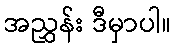
အညွှန်း ဒီမှာပါ။